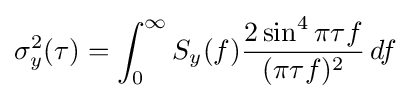
\sigma _{y}^{2}(\tau )=\int _{0}^{\infty }S_{y}(f){\frac {2\sin ^{4}\pi \tau f}{(\pi \tau f)^{2}}}\,df